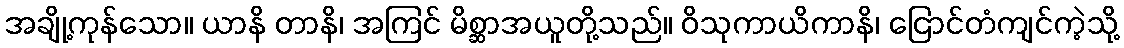
အချို့ကုန်သော။ ယာနိ တာနိ၊ အကြင် မိစ္ဆာအယူတို့သည်။ ဝိသုကာယိကာနိ၊ ငြောင်တံကျင်ကဲ့သို့